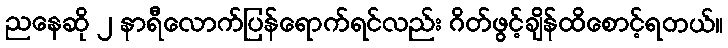
ညနေဆို ၂ နာရီလောက်ပြန်ရောက်ရင်လည်း ဂိတ်ဖွင့်ချိန်ထိစောင့်ရတယ်။